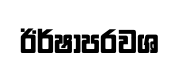
ඊර්ෂාපරවශ